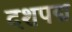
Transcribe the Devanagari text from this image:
दशपद्म